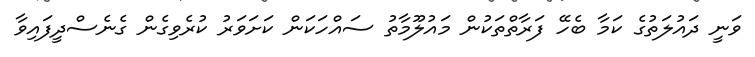
ވަނީ ދައުލަތުގެ ކަމާ ބެހޭ ފަރާތްތަކުން މައުލޫމާތު ސައްހަކަން ކަށަވަރު ކުރެވިގެން ގެނެސްދީފައިވާ